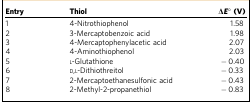
<table><thead><tr><td><b>Entry</b></td><td><b>Thiol</b></td><td><b>Δ<i>E</i>° (V)</b></td></tr></thead><tbody><tr><td>1</td><td>4-Nitrothiophenol</td><td>1.58</td></tr><tr><td>2</td><td>3-Mercaptobenzoic acid</td><td>1.98</td></tr><tr><td>3</td><td>4-Mercaptophenylacetic acid</td><td>2.07</td></tr><tr><td>4</td><td>4-Aminothiophenol</td><td>2.03</td></tr><tr><td>5</td><td>L-Glutathione</td><td>−0.40</td></tr><tr><td>6</td><td>D,L-Dithiothreitol</td><td>−0.33</td></tr><tr><td>7</td><td>2-Mercaptoethanesulfonic acid</td><td>−0.43</td></tr><tr><td>8</td><td>2-Methyl-2-propanethiol</td><td>−0.83</td></tr></tbody></table>